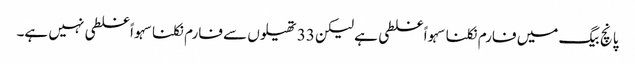
پانچ بیگ میں فارم نکلنا سہواً غلطی ہے لیکن 33 تھیلوں سے فارم نکلنا سہواً غلطی نہیں ہے۔